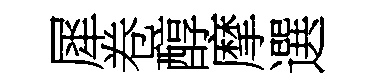
犀卷醇摩選